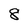
Character: 8